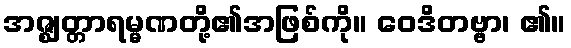
အဇ္ဈတ္တာရမ္မဏတို့၏အဖြစ်ကို။ ဝေဒိတဗ္ဗာ၊ ၏။